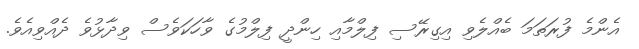
އެންމެ ފުރަތަމަ ބެއްލެވި އިގިރޭސި ފިލްމާއި ހިންދީ ފިލްމުގެ ވާހަކަވެސް ވިދާޅުވެ ދެއްވިއެވެ.